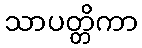
သာပတ္တိကာ